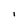
Character: I